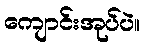
ကျောင်းအုပ်ပဲ။